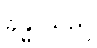
ခန္ဓာသည်